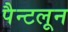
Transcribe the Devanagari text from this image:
पैन्टलून